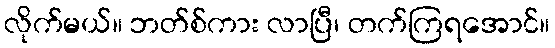
လိုက်မယ်။ ဘတ်စ်ကား လာပြီ၊ တက်ကြရအောင်။